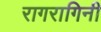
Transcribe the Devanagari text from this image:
रागरागिनी